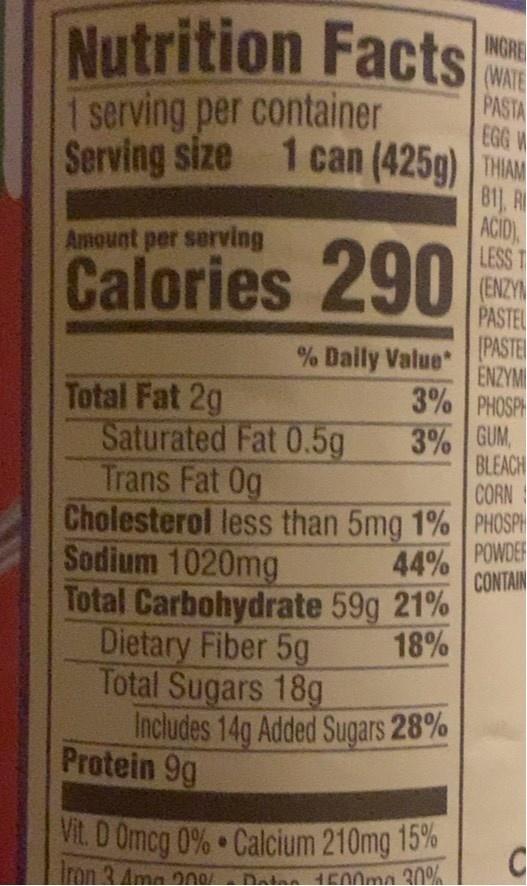
Nutrition Facts 1 serving per container Serving size
INGRE (WATE PASTA EGG W 1 can (425g) THAM 81), R ACID) LESS T (ENZY PASTEL
Amount per serving
Calories 290
[PASTE % Daily Value* ENZYM
3% PHOSP
Total Fat 2g Saturated Fat 0.5g Trans Fat 0g Cholesterol less than 5mg 1% PHOSPH Sodium 1020mg Total Carbohydrate 59g 21% Dietary Fiber 5g Total Sugars 18g Includes 14g Added Sugars 28% Protein 9g
3% GUM BLEACH
CORN
44% POWDER CONTAIN
18%
Vit. D Omcg 0% Calcium 210mg 15%
Iran 3 Ama 20/
Datn 1500mg 30%